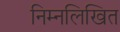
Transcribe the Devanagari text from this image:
निम्‍नलिखित